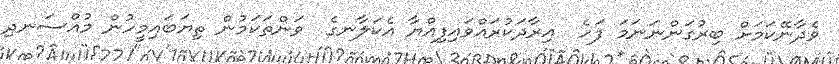
ވެދާނޭކަމަށް ބިރުގަންނަނަމަ ފަހެ  އިރާދަކުރައްވައިފިއްޔާ އެކަލާނގެ  ވަންތަކަމުން ތިޔަބައިމީހުން މުއްސަނދި